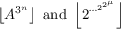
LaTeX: \left\lfloor A ^ { 3 ^ { n } } \right\rfloor { \mathrm { ~ a n d ~ } } \left\lfloor 2 ^ { \cdots ^ { 2 ^ { 2 ^ { \mu } } } } \right\rfloor